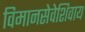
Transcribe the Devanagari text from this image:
विमानसेवेशिवाय